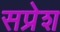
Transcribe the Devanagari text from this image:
सप्रेश